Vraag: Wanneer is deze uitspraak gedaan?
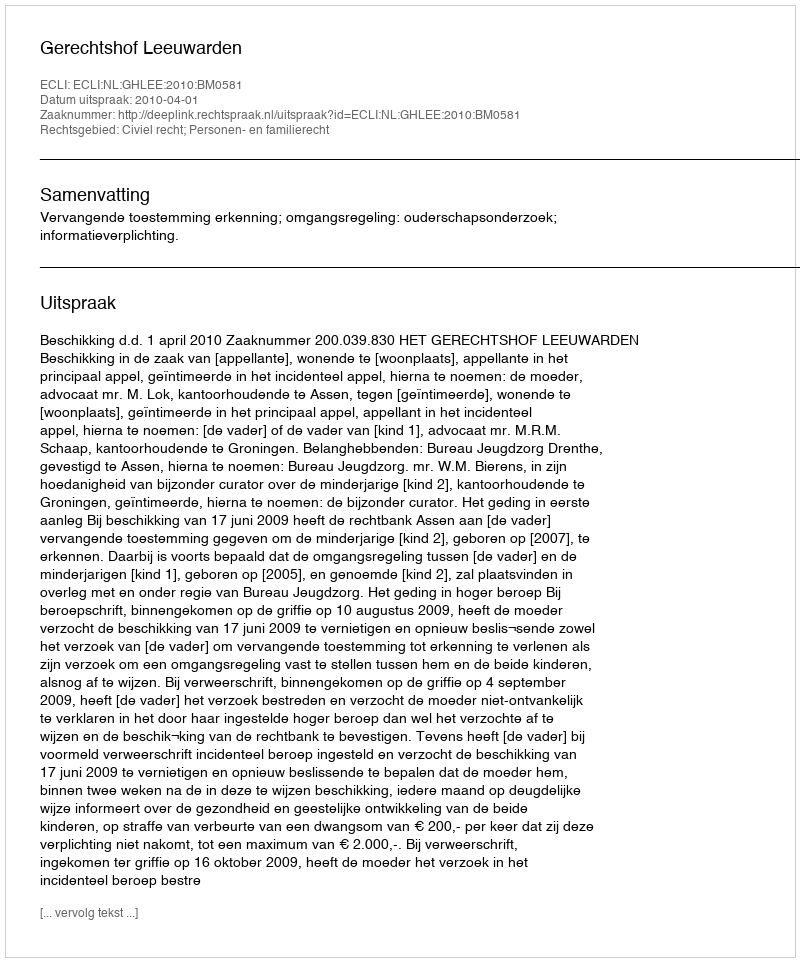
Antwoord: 2010-04-01